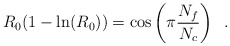
\begin{align*}R_0 (1- \ln(R_0)) = \cos \left( \pi \frac{N_f}{N_c} \right) \;\;.\end{align*}